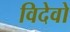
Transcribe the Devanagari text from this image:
विदेवो